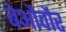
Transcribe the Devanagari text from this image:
बेऔवौर